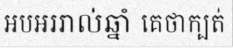
អបអររាល់ឆ្នាំ គេថាក្បត់